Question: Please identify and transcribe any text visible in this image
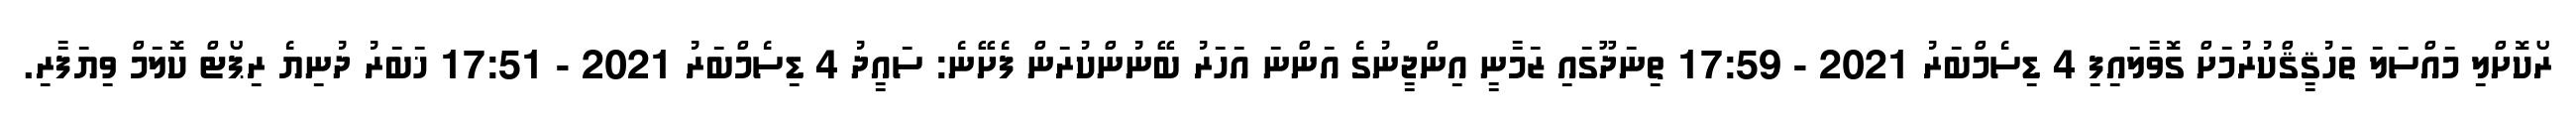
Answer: ރޯކޮށްލި މައްސަލަ ތަހުޤީޤްކުރުމަށް ގޮވާލައިފި 4 ޑިސެމްބަރު 2021 - 17:59 ތިނަދޫގައި ޒަމާނީ އިންޖީނުގެ އަންނަ އަހަރު ބޭނުންކުރަން ފެށޭނެ: ސައީދު 4 ޑިސެމްބަރު 2021 - 17:51 ޚަބަރު ދުނިޔެ ރިޕޯޓް ކޮލަމް ވިޔަފާރި.